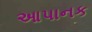
આપાનક